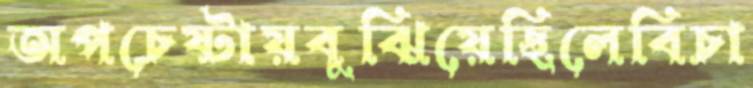
অপচেষ্টায়বুঝিয়েছিলেবিচা